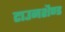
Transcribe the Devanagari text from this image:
टाउनशैण्ड